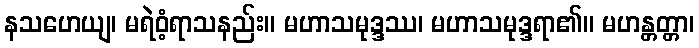
နသဟေယျ၊ မရဲဝံ့ရာသနည်း။ မဟာသမုဒ္ဒဿ၊ မဟာသမုဒ္ဒရာ၏။ မဟန္တတ္တာ၊